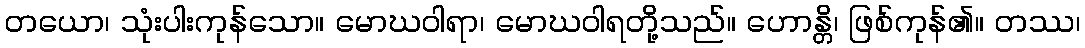
တယော၊ သုံးပါးကုန်သော။ မောဃဝါရာ၊ မောဃဝါရတို့သည်။ ဟောန္တိ၊ ဖြစ်ကုန်၏။ တဿ၊